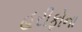
હરીફોના